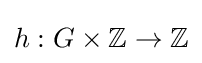
h:G\times \mathbb {Z} \to \mathbb {Z}